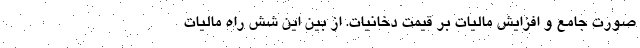
صورت جامع و افزایش مالیات بر قیمت دخانیات. از بین این شش راه مالیات